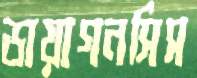
ডায়াগনসিস